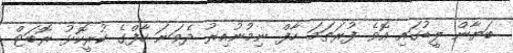
ބަޔާން ލީޑުގައި އޮވެ ފުރަތަމަ ހާފް ނިމުނުއިރު ދެވަނަ ހާފްގެ ކުރީކޮޅު ރޮބަޓް